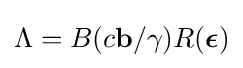
\Lambda =B(c\mathbf {b} /\gamma )R({\boldsymbol {\epsilon }})